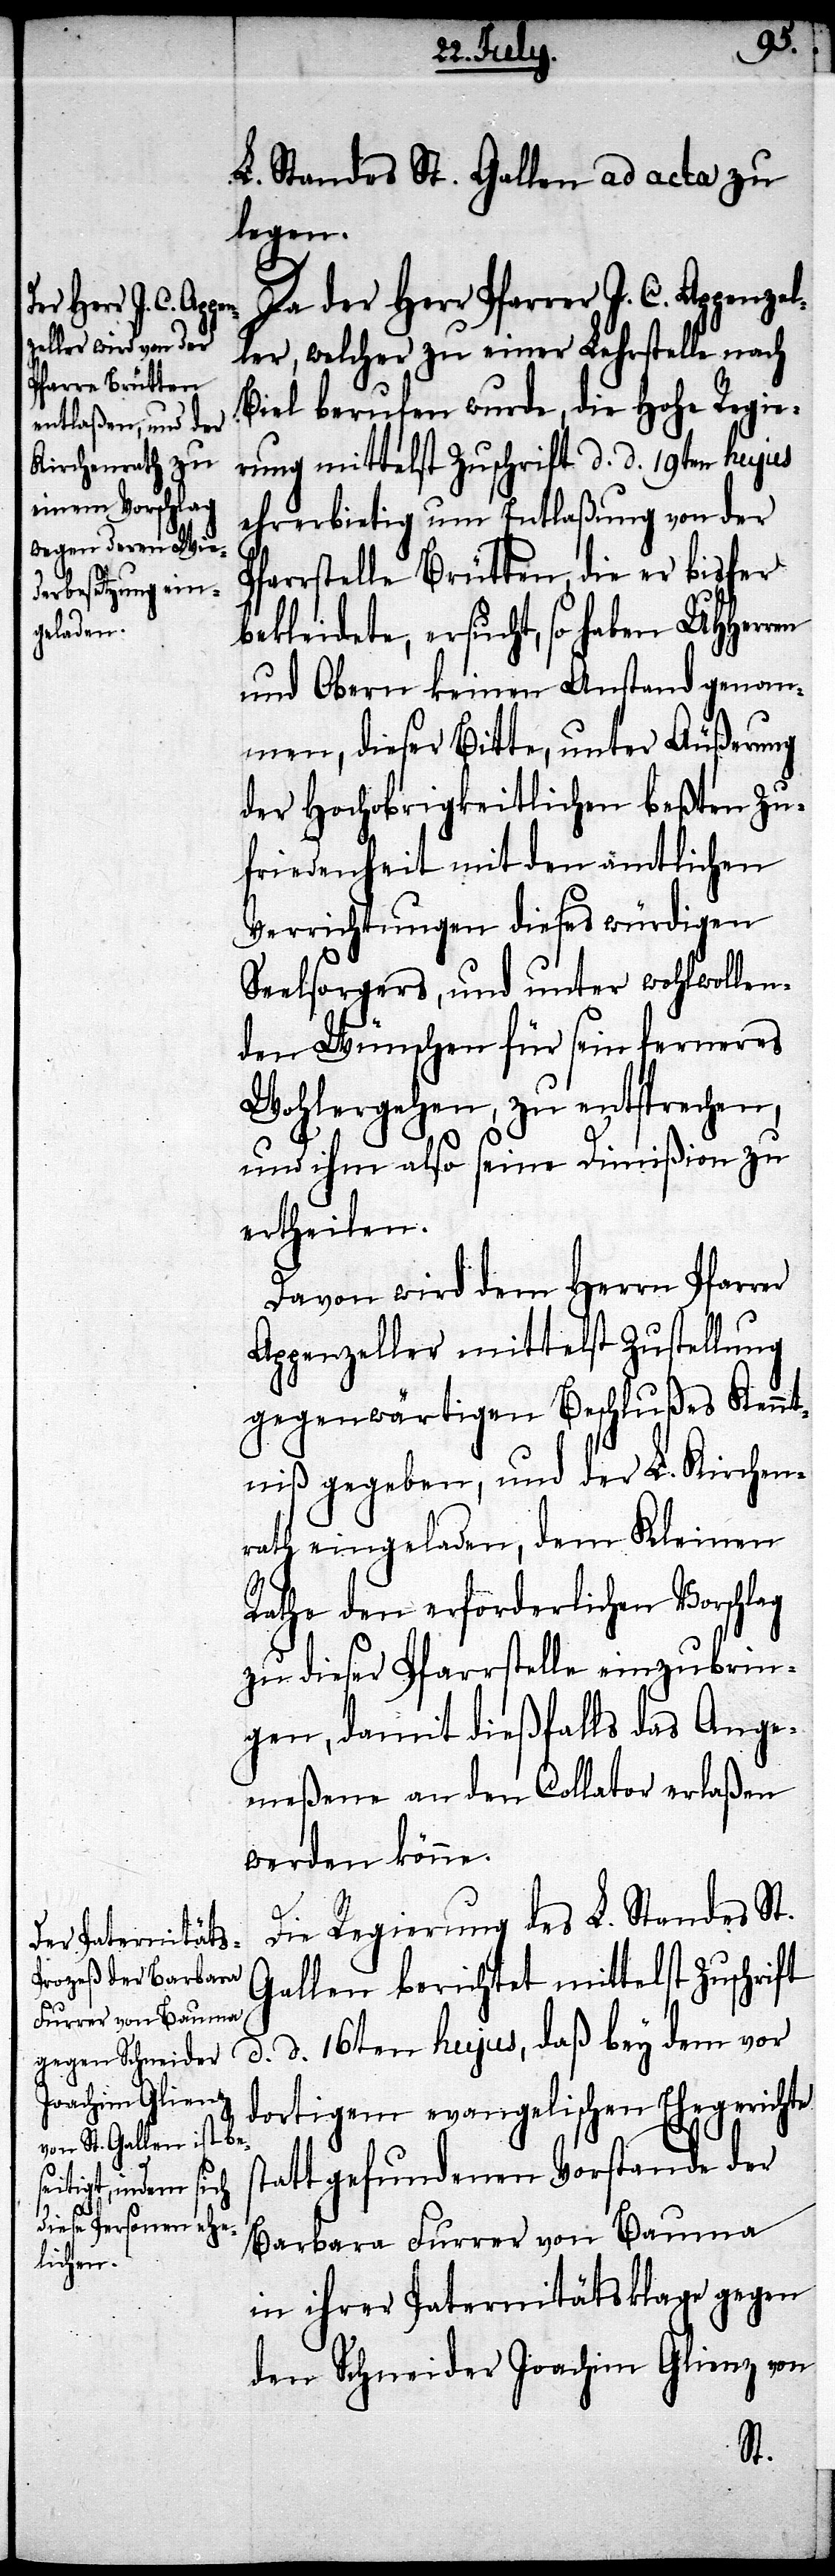
L. Standes St. Gallen ad acta zu
legen.
s¬
Da der Herr Pfarrer J. C. Appenzel¬
ler, welcher zu einer Lehrstelle nach
Biel berufen wurde, die Hohe Regie¬
rung mittelst Zuschrift d. d. 19ten hujus
ehrerbietig um Entlaßung von der
Pfarrstelle Brütten, die er bisher
bekleidete, ersucht, so haben UHHerr¬
und Obern keinen Anstand genom¬
men, dieser Bitte, unter Äußerung
der Hochobrigkeitlichen beßten Zu¬
friedenheit mit den amtlichen
Verrichtungen dieses würdigen
Seelsorgers, und unter wohlwollen¬
den Wünschen für sein ferneres
Wohlergehen, zu entsprechen,
und ihm also seine Dimißion zu
ertheilen.
Davon wird dem Herrn Pfarr¬
Appenzeller mittelst Zustellung
gegenwärtigen Beschlußes Kennt¬
niß gegeben, und der L. Kirchen¬
rath eingeladen, dem Kleinen
Rathe den erforderlichen Vorschlag
zu dieser Pfarrstelle einzubrin¬
gen, damit dießfalls das Ange¬
meßene an den Collator erlaßen
werden könne.
Die Regierung des L. Standes St.
Gallen berichtet mittelst Zuschrift
d. d. 16ten hujus, daß bey dem vor
dortigem evangelischen Ehegerichte
tatt gefundenen Vorstande der
Barbara Furrer von Bauma
in ihrer Paternitätsklage gegen
den Schneider Joachim Glienz von